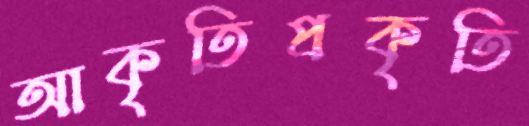
আকৃতিপ্রকৃতি